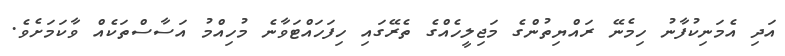
އަދި އެމަނިކުފާނު ހިމެނޭ ރައްޔިތުންގެ މަޖިލީހެއްގެ ތެރޭގައި ހިފަހައްޓަވާނެ މުހިއްމު އަސާސްތަކެއް ވާކަމަށެވެ.